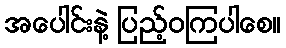
အပေါင်းနဲ့ ပြည့်ဝကြပါစေ။